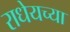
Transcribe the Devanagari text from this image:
राधेयच्या